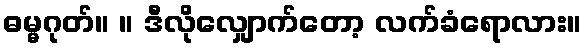
ဓမ္မဂုတ်။ ။ ဒီလိုလျှောက်တော့ လက်ခံရောလား။